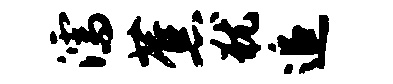
濡蕉犹追